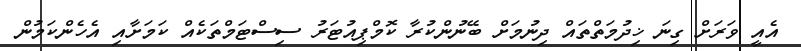
އެއީ ވަރަށް ގިނަ ޚިދުމަތްތައް ދިނުމަށް ބޭނުންކުރާ ކޮމްޕިއުޓަރު ސިސްޓަމްތަކެއް ކަމަށާއި އެހެންކަމުން